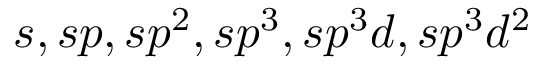
s , s p , s p ^ { 2 } , s p ^ { 3 } , s p ^ { 3 } d , s p ^ { 3 } d ^ { 2 }